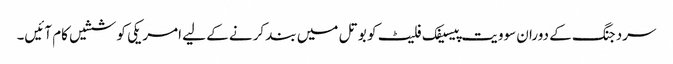
سردجنگ کے دوران سوویت پیسیفک فلیٹ کو بوتل میں بند کرنے کے لیے امریکی کوششیں کام آئیں۔